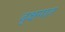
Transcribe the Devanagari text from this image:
वृक्षपात